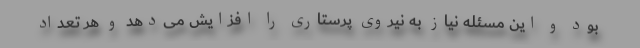
بود و این مسئله نیاز به نیروی پرستاری را افزایش می‌دهد و هر تعداد